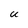
Character: U